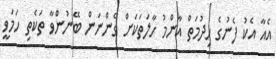
އެއާ އެކު ފެނުގެ ހިދުމަތް އާންމު ހާލަތަކަށް ގެންނަން ބޭނުންވާ ތަކެތި ހަމަވީ